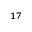
^ { 1 7 }